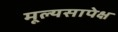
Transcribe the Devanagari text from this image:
मूल्यसापेक्ष